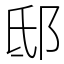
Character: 邸